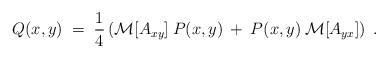
LaTeX: \begin{align*}Q(x,y) \;=\; \frac{1}{4} \left( {\cal{M}}[A_{xy}]\:P(x,y) \:+\:P(x,y) \:{\cal{M}}[A_{yx}] \right) \;. \end{align*}